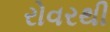
રોવરથી